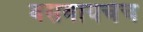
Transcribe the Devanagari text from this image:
बसवायचेच